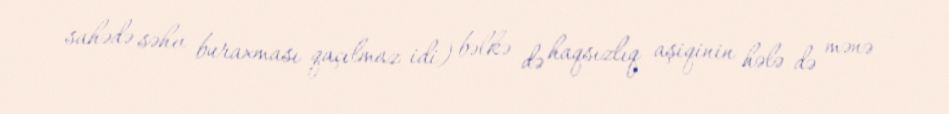
sahədə səhv buraxması qaçılmaz idi) bəlkə də haqsızlıq aşiqinin hələ də mənə